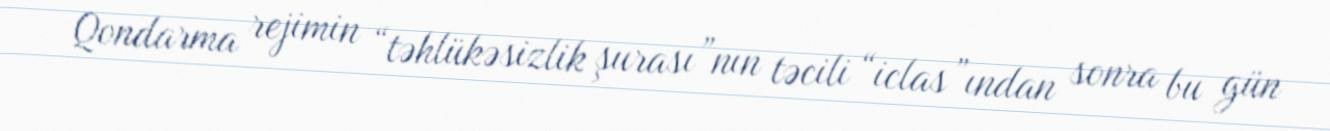
Qondarma rejimin “təhlükəsizlik şurası”nın təcili “iclas”ından sonra bu gün